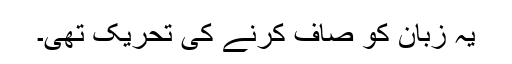
یہ زبان کو صاف کرنے کی تحریک تھی۔